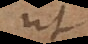
ut